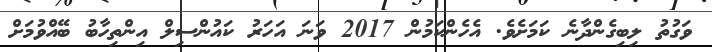
ވަގުތު ލިބިގެންދާނެ ކަމަށެވެ. އެހެންކަމުން 2017 ވަނަ އަހަރު ކައުންސިލް އިންތިހާބު ބޭއްވުމަށް